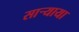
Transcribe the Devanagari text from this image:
साऱ्याया